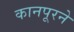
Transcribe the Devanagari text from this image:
कानपूरने